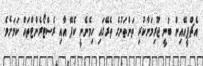
އެޗްޕީއޭއިން ބުނީ ޖޫރިމަނާކުރި ތަންތަނުގެ ތެރޭގައި ހިމެނެނީ ކެފޭ އާއި ރެސްޓޯރެންޓްތައް ކަމަށެވެ.